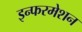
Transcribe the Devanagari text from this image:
इन्फरमेशन